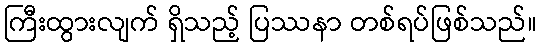
ကြီးထွားလျက် ရှိသည့် ပြဿနာ တစ်ရပ်ဖြစ်သည်။